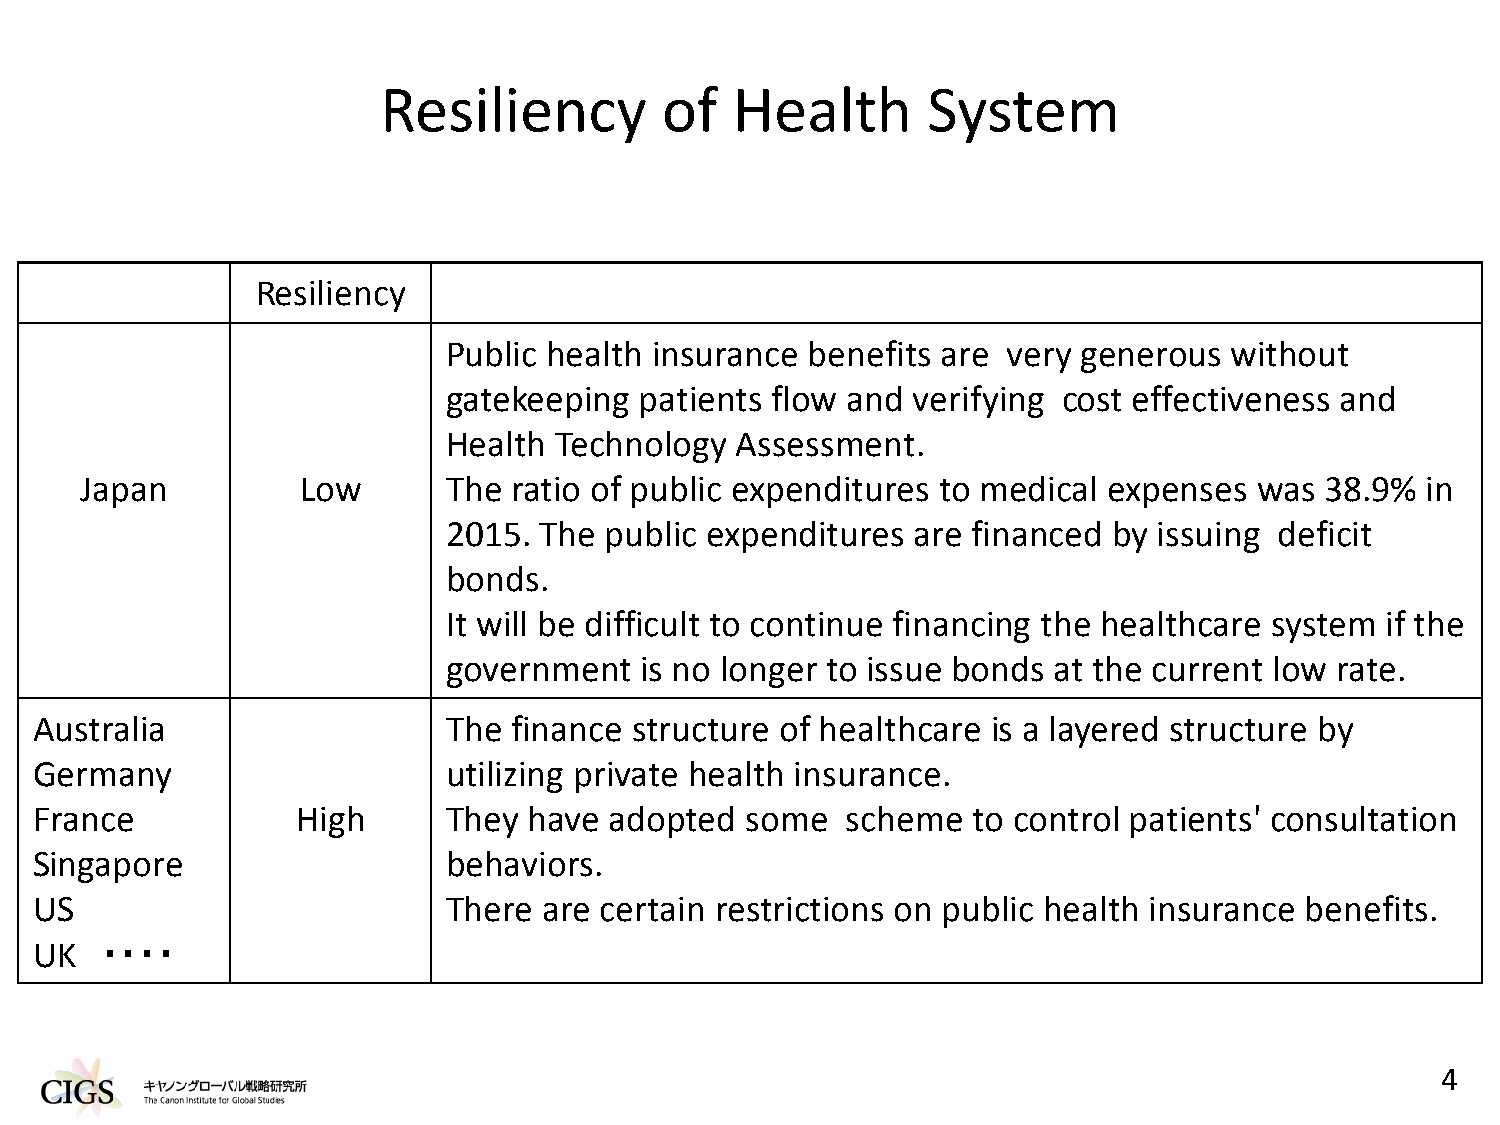
Resiliency         of  Health       System
 Resiliency
 Public health insurance benefits are very generous without
 gatekeeping patients flow and verifying cost effectiveness and
 Health Technology  Assessment.
 Japan          Low       The ratio of public expenditures to medical expenses was  38.9% in
 2015. The public expenditures  are financed by issuing deficit
 bonds.
 It will be difficult to continue financing the healthcare system if the
 government  is no longer to issue bonds at the current low rate.
 Australia                   The finance structure of healthcare is a layered structure by
 Germany                     utilizing private health insurance.
 France            High      They have adopted  some   scheme  to control patients' consultation
 Singapore                   behaviors.
 US                          There are certain restrictions on public health insurance benefits.
 UK   ・・・・
 4